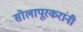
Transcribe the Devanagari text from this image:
सोलापूरकरांनी